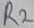
Text: R2